Report on horse surra - Volume I
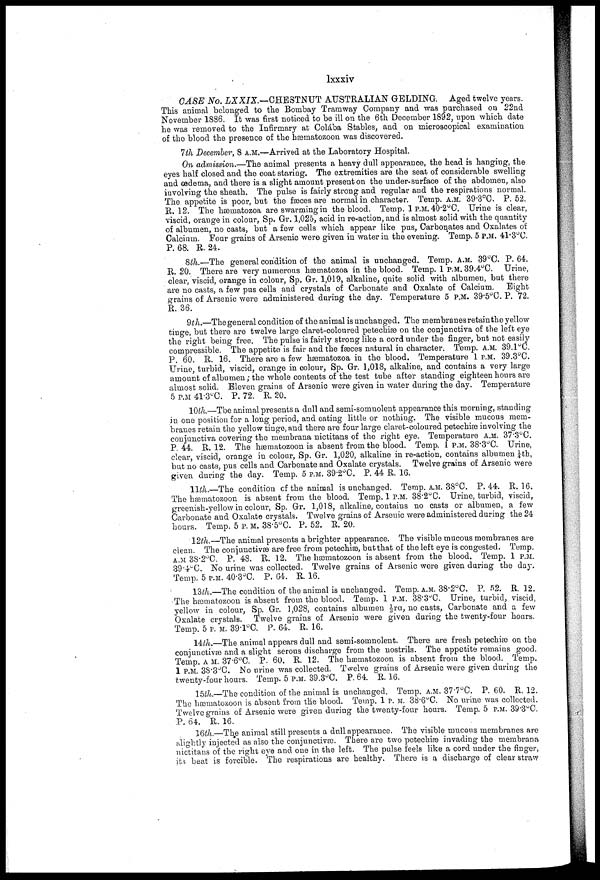
lxxxiv
CASE No. LXXIX.—CHESTNUT
AUSTRALIAN GELDING. Aged twelve years.
This animal belonged to the Bombay Tramway Company and was purchased on 22nd
November 1886. It was first noticed to be ill on the 6th December 1892, upon which date
he was removed to the Infirmary at Colába Stables, and on microscopical examination
of the blood the presence of the hæmatozoon was discovered.
7th December, 8 A.M.—Arrived at the Laboratory Hospital.
On admission.—The animal presents a heavy dull appearance, the head is hanging, the
eyes half closed and the coat staving, The extremities are the seat of considerable swelling
and œdema, and there is a slight amount present on the under-surface of the abdomen, also
involving the sheath. The pulse is fairly strong and regular and the respirations normal.
The appetite is poor, but the faeces are normal in character. Temp. A.M. 39 . 3°C. P. 52.
R. 12. The hæniatozoa are swarming in the blood. Temp. 1 P.M. 40.2°C. Urine is clear,
viscid, orange in colour, Sp. Gr. 1,025, acid in re-action, and is almost solid with the quantity
of albumen, no casts, but a few cells which appear like pus, Carbonates and Oxalates of
Calcium. Four grains of Arsenic were given in water in the evening. Temp. 5 P.M. 41.3°C.
P. 68. R. 24.
8th.—The general condition of the animal is unchanged. Temp. A.M. 39°C. P. 64.
R. 20. There are very numerous hæmatozoa in the blood. Temp. 1 P.M. 39.4°C. Urine,
clear, viscid, orange in colour, Sp. Gr. 1,019, alkaline, quite solid with albumen, but there
are no casts, a few pus cells and crystals of Carbonate and Oxalate of Calcium.
Bight
grains of Arsenic were administered during the day. Temperature 5 P.M. 39.5°C. P. 72.
R. 36.
9th.—The general condition of the animal is unchanged. The membranes retain the yellow
tinge, but there are twelve large claret-coloured petechiæ on the conjunctiva of the left eye
the right being free. The pulse is fairly strong like a cord under the finger, but not easily
compressible. The appetite is fair and the fæces natural in character. Temp. A.M. 39.1°C.
P. 60. R. 16. There are a few hæmatozoa in the blood. Temperature 1 P.M. 39.3°C.
Urine, turbid, viscid, orange in colour, Sp. Gr. 1,018, alkaline, and contains a very large
amount of albumen; the whole contents of the test tube after standing eighteen hours are
almost solid. Eleven grains of Arsenic were given in water during the day. Temperature
5 P.M 41.3°C. P. 72. R. 20.
10th.—The animal presents a dull and semi-somnolent appearance this morning, standing
in one position for a long period, and eating little or nothing. The visible mucous mem
branes retain the yellow tinge, and there are four large claret-coloured petechias involving the
conjunctiva covering the membrana nictitans of the right eye. Temperature A.M. 37.3°C.
P. 44. R. 12. The hæmatozoon is absent from the blood. Temp. 1 P.M. 38.3°C. Urine,
clear, viscid, orange in colour, Sp. Gr. 1,020, alkaline in re-action, contains albumen ¼th,
but no casts, pus cells and Carbonate and Oxalate crystals. Twelve grains of Arsenic were
given during the day. Temp. 5 P.M. 39.2°C. P. 44 R. 16.
11th.—The condition of the animal is unchanged. Temp. A.M. 38°C. P. 44. R. 16.
The hæmatozoon is absent from the blood. Temp. 1 P.M. 38.2°C. Urine, turbid, viscid,
greenish-yellow in colour, Sp. Gr. 1,018, alkaline, contains no casts or albumen, a few
Carbonate and Oxalate crystals. Twelve grains of Arsenic were administered during the 24
hours. Temp. 5 P. M. 38.5°C. P. 52. R 20.
'12th.—The animal presents a brighter appearance. The visible mucous membranes are
clean. The conjunctivae are free from petechias, but that of the left eye is congested. Temp.
A.M 38.2°C. P. 48. R. 12. The hæmatozoon is absent from the blood. Temp. 1 P.M.
39 . 4°C. No urine was collected. Twelve grains of Arsenic were given during the day.
Temp. 5 P.M. 40.3°C. P. 64. R. 16.
13th.—The condition of the animal is unchanged. Temp. A.M. 38.2°C, P. 52. R. 12.
The hæmatozoon is absent from the blood. Temp. 1 P.M. 38.3°C. Urine, turbid, viscid,
yellow in colour, Sp. Gr. 1,028, contains albumen ⅓rd, no casts, Carbonate and a few
"Oxalate crystals. Twelve grains of Arsenic were given during the twenty-four hours.
Temp. 5 P.M. 39.l°C. P. 64. R. 16.
14th.—The animal appears dull and semi-somnolent. There are fresh petechias on the
conjunctivas and a slight serous discharge from the nostrils. The appetite remains good.
Temp. A M. 37 . 6°C. P.. 60. R. 12. The hæmatozoon is absent from the blood. Temp.
1 P.M. 38.3°C. No urine was collected. Twelve grains of Arsenic were given during the
twenty-four hours. Temp. 5 P.M. 39.3°C. P. 64. R. 16.
15th.—The condition of the animal is unchanged. Temp. A.M. 37.7°C. P. 60. R. 12.
The hæmatozoon is absent from the blood. Temp. 1 P.M. 38.6°C. No urine was collected.
Twelve grains of Arsenic were given during the twenty-four hours. Temp. 5 P.M. 39.3°C.
P. 64. R. 16.
16th.—The animal still presents a dull appearance. The visible mucous membranes are
slightly injected as also the conjunctivas. There are two petechias invading the membrana
nictitans of the right eye and one in the left. The pulse feels like a cord under the finger,
its beat is forcible. The respirations are healthy. There is a discharge of clear straw